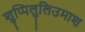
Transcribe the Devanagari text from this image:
शुप्पिलुलिउमाश